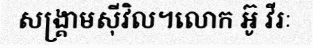
សង្គ្រាមស៊ីវិល។លោក អ៊ូ វីរៈ